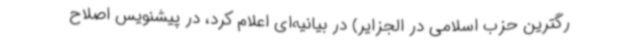
رگترین حزب اسلامی در الجزایر) در بیانیه‌ای اعلام کرد، در پیشنویس اصلاح